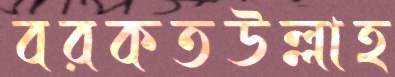
বরকতউল্লাহ